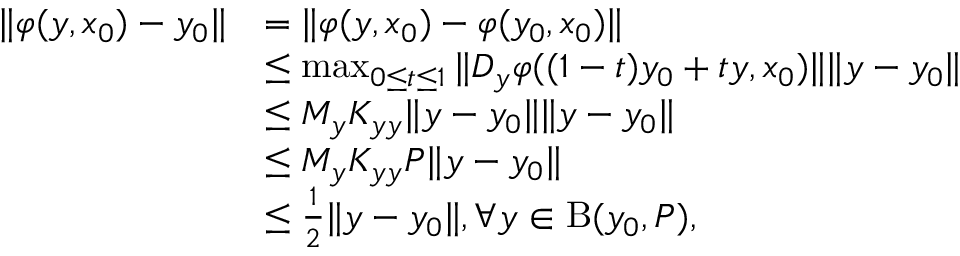
\begin{array} { r l } { \Vert \varphi ( y , x _ { 0 } ) - y _ { 0 } \Vert } & { = \Vert \varphi ( y , x _ { 0 } ) - \varphi ( y _ { 0 } , x _ { 0 } ) \Vert } \\ & { \leq \operatorname* { m a x } _ { 0 \leq t \leq 1 } \Vert D _ { y } \varphi ( ( 1 - t ) y _ { 0 } + t y , x _ { 0 } ) \Vert \Vert y - y _ { 0 } \Vert } \\ & { \leq M _ { y } K _ { y y } \Vert y - y _ { 0 } \Vert \Vert y - y _ { 0 } \Vert } \\ & { \leq M _ { y } K _ { y y } P \Vert y - y _ { 0 } \Vert } \\ & { \leq \frac { 1 } { 2 } \Vert y - y _ { 0 } \Vert , \forall y \in \mathrm { B } ( y _ { 0 } , P ) , } \end{array}